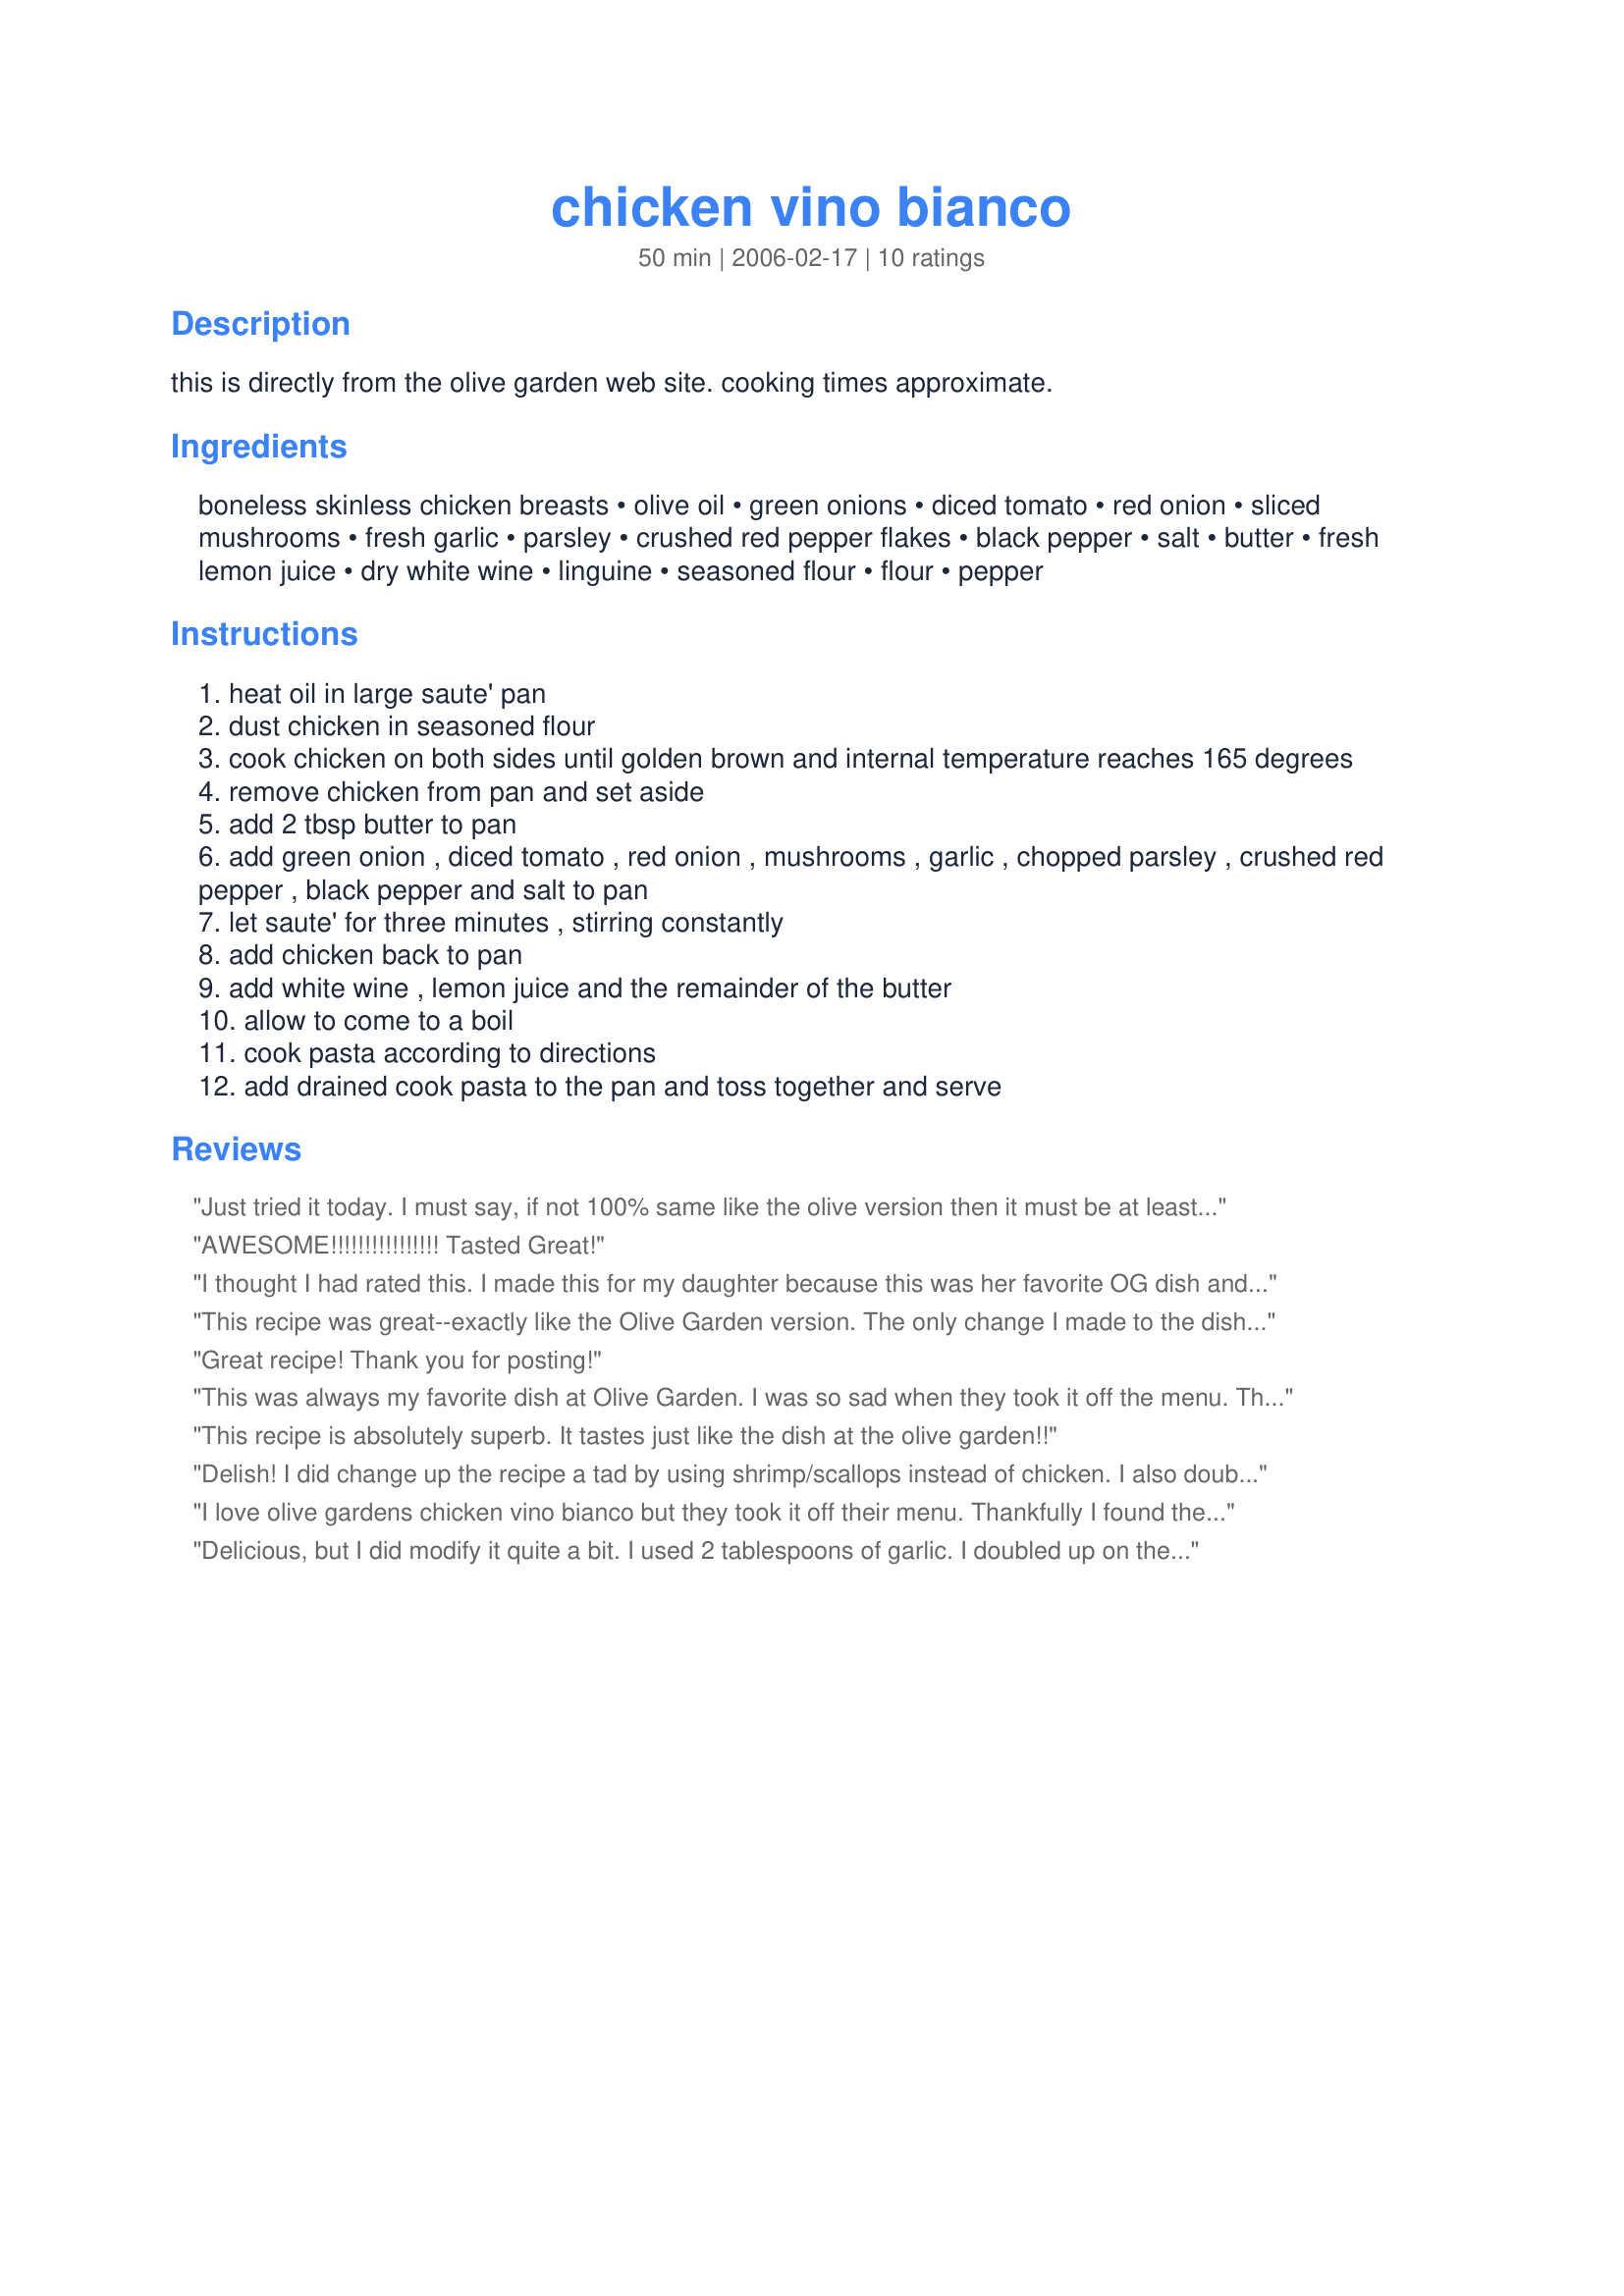
chicken vino bianco
Preparation time: 50 minutes

this is directly from the olive garden web site. cooking times approximate.

Ingredients:
boneless skinless chicken breasts, olive oil, green onions, diced tomato, red onion, sliced mushrooms, fresh garlic, parsley, crushed red pepper flakes, black pepper, salt, butter, fresh lemon juice, dry white wine, linguine, seasoned flour, flour, pepper

Steps:
heat oil in large saute' pan
dust chicken in seasoned flour
cook chicken on both sides until golden brown and internal temperature reaches 165 degrees
remove chicken from pan and set aside
add 2 tbsp butter to pan
add green onion , diced tomato , red onion , mushrooms , garlic , chopped parsley , crushed red pepper , black pepper and salt to pan
let saute' for three minutes , stirring constantly
add chicken back to pan
add white wine , lemon juice and the remainder of the butter
allow to come to a boil
cook pasta according to directions
add drained cook pasta to the pan and toss together and serve

Reviews:
Just tried it today. I must say, if not 100% same like the olive version then it must be at least 99% similar.
Loved it!
AWESOME!!!!!!!!!!!!!!!! Tasted Great!
I thought I had rated this. I made this for my daughter because this was her favorite OG dish and they don't make it anymore. It was pretty much spot on. I don't like the wine taste so when I make it for me I just substitute chicken broth and I love it. Thanks for posting.
This recipe was great--exactly like the Olive Garden version. The only change I made to the dish was that I had no red onion, so I substituted a chopped shallot and it tasted great. I also thought that the red pepper flakes added the perfect amount of heat. My family loved it!
Great recipe! Thank you for posting!
This was always my favorite dish at Olive Garden. I was so sad when they took it off the menu. This was almost exactly like Olive Gardens. I doubled the sauce. Next time I will triple it. I will also use only 1/2 of the lemon juice. I felt it was just a bit too lemoney. I pounded the chicken breasts. Next time I am going to use some boneless chicken thieghs. I like the theighs better than the breasts. Thank you for sharing such a favorite dish.
This recipe is absolutely superb. It tastes just like the dish at the olive garden!!
Delish! I did change up the recipe a tad by using shrimp/scallops instead of chicken. I also double the sauce since we&#039;re a sauce loving family (makes great leftovers as well). My husband and I agree that this is more tasty than the OG version!
I love olive gardens chicken vino bianco but they took it off their menu. Thankfully I found the recipe here and it is spot on! Maybe a little spicier than the olive garden's but we like a little spice so we liked this recipe better! We pound the chicken thin just like the olive garden dish. The sauce of this recipe is sooo good, one of my favorite recipes. Everyone always loves it and it's easy to make. This is a good dish to make for company. So delicious!!
Delicious, but I did modify it quite a bit. I used 2 tablespoons of garlic. I doubled up on the spices, because I doubled the sauce. I used 1 1/4 cups of chicken stock. I/4 cup of lemon juice and a few splashes of white wine. It was extremely tasty. I would just warn anyone that decides to substitute chicken broth for the wine, to be cautious of the salt. Since I doubled the sauce, I also doubled the spices (including salt). Mine ended up extremely salty because of the chicken broth. Something to keep in mind if you substitute. I didn't use parsley or mushrooms, but I am sure it would have been excellent with those. Used 6 tablespoons of butter instead of the full 1/2 cup. You could probably reduce this even more to make it more healthy, but the butter definitely makes it more delicious.

Yummy, will make again soon...
